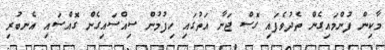
މާކިން ފުންމައިގެން ތެދުވެފައި ގޮސް ޖަނާ އަތުގައި ހިފުމުން ސިއްސައިގެން ގޮއްސައި އެނބުރި